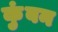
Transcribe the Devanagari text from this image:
कुंबन